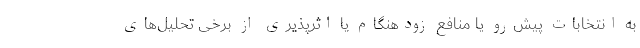
به انتخابات پیش‌رو یا منافع زودهنگام یا اثرپذیری از برخی تحلیل‌های